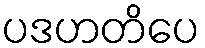
ပဒဟတိပေ